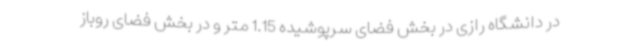
در دانشگاه رازی در بخش فضای سرپوشیده 1.15 متر و در بخش فضای روباز